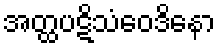
အတ္ထပဋိသံဝေဒိနော